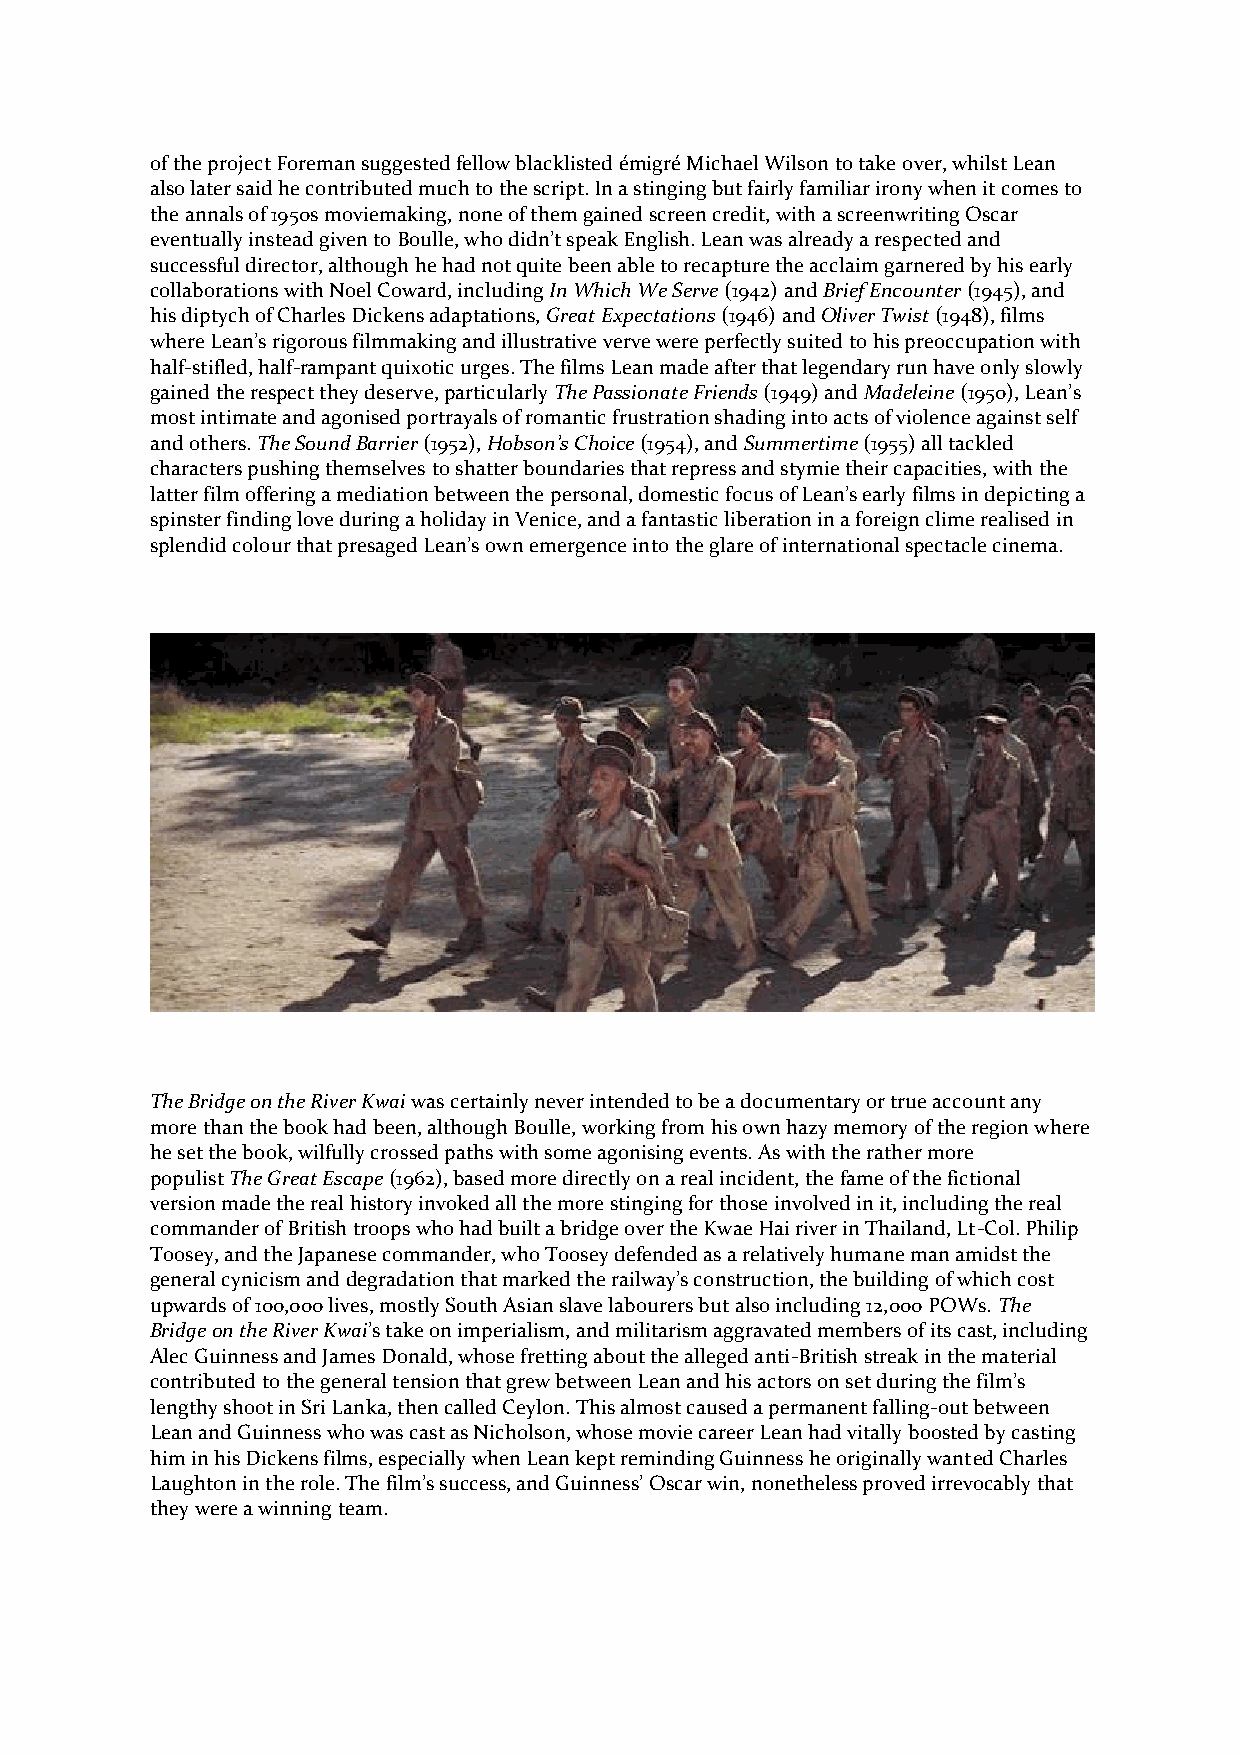
of the project Foreman suggested fellow blacklisted émigré Michael Wilson to take over, whilst Lean
 also later said he contributed much to the script. In a stinging but fairly familiar irony when it comes to
 the annals of 1950s moviemaking, none of them gained screen credit, with a screenwriting Oscar
 eventually instead given to Boulle, who didn’t speak English. Lean was already a respected and
 successful director, although he had not quite been able to recapture the acclaim garnered by his early
 collaborations with Noel Coward, including In Which We Serve (1942) and Brief Encounter (1945), and
 his diptych of Charles Dickens adaptations, Great Expectations (1946) and Oliver Twist (1948), films
 where Lean’s rigorous filmmaking and illustrative verve were perfectly suited to his preoccupation with
 half-stifled, half-rampant quixotic urges. The films Lean made after that legendary run have only slowly
 gained the respect they deserve, particularly The Passionate Friends (1949) and Madeleine (1950), Lean’s
 most intimate and agonised portrayals of romantic frustration shading into acts of violence against self
 and others. The Sound Barrier (1952), Hobson’s Choice (1954), and Summertime (1955) all tackled
 characters pushing themselves to shatter boundaries that repress and stymie their capacities, with the
 latter film offering a mediation between the personal, domestic focus of Lean’s early films in depicting a
 spinster finding love during a holiday in Venice, and a fantastic liberation in a foreign clime realised in
 splendid colour that presaged Lean’s own emergence into the glare of international spectacle cinema.
 The Bridge on the River Kwai was certainly never intended to be a documentary or true account any
 more than the book had been, although Boulle, working from his own hazy memory of the region where
 he set the book, wilfully crossed paths with some agonising events. As with the rather more
 populist The Great Escape (1962), based more directly on a real incident, the fame of the fictional
 version made the real history invoked all the more stinging for those involved in it, including the real
 commander of British troops who had built a bridge over the Kwae Hai river in Thailand, Lt-Col. Philip
 Toosey, and the Japanese commander, who Toosey defended as a relatively humane man amidst the
 general cynicism and degradation that marked the railway’s construction, the building of which cost
 upwards of 100,000 lives, mostly South Asian slave labourers but also including 12,000 POWs. The
 Bridge on the River Kwai’s take on imperialism, and militarism aggravated members of its cast, including
 Alec Guinness and James Donald, whose fretting about the alleged anti-British streak in the material
 contributed to the general tension that grew between Lean and his actors on set during the film’s
 lengthy shoot in Sri Lanka, then called Ceylon. This almost caused a permanent falling-out between
 Lean and Guinness who was cast as Nicholson, whose movie career Lean had vitally boosted by casting
 him in his Dickens films, especially when Lean kept reminding Guinness he originally wanted Charles
 Laughton in the role. The film’s success, and Guinness’ Oscar win, nonetheless proved irrevocably that
 they were a winning team.